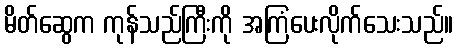
မိတ်ဆွေက ကုန်သည်ကြီးကို အကြံပေးလိုက်သေးသည်။